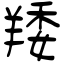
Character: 䍴